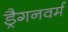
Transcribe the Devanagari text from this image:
ड्रैगनवर्म